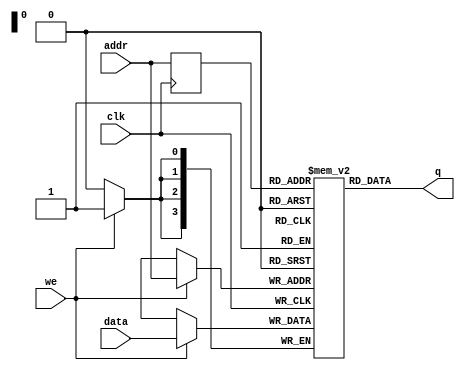
// Single Port SRAM - 16x4
// Created by Nitheesh Kumar - Aug 03 2020

module single_sram #(
  parameter DATA_WIDTH=4,          //width of data bus
  parameter ADDR_WIDTH=4           //width of addresses buses
)(
  input  [(DATA_WIDTH-1):0] data,  //data to be written
  input  [(ADDR_WIDTH-1):0] addr,  //address for write/read operation
  input                     we,    //write enable signal
  input                     clk,   //clock signal
  output [(DATA_WIDTH-1):0] q);

  reg [DATA_WIDTH-1:0] mem [2**ADDR_WIDTH-1:0];
  reg [ADDR_WIDTH-1:0] addr_r;

always @(posedge clk) begin //WRITE

if (we)
mem[addr] <= data;

addr_r <= addr;

end

assign q = mem[addr_r]; //READ

endmodule